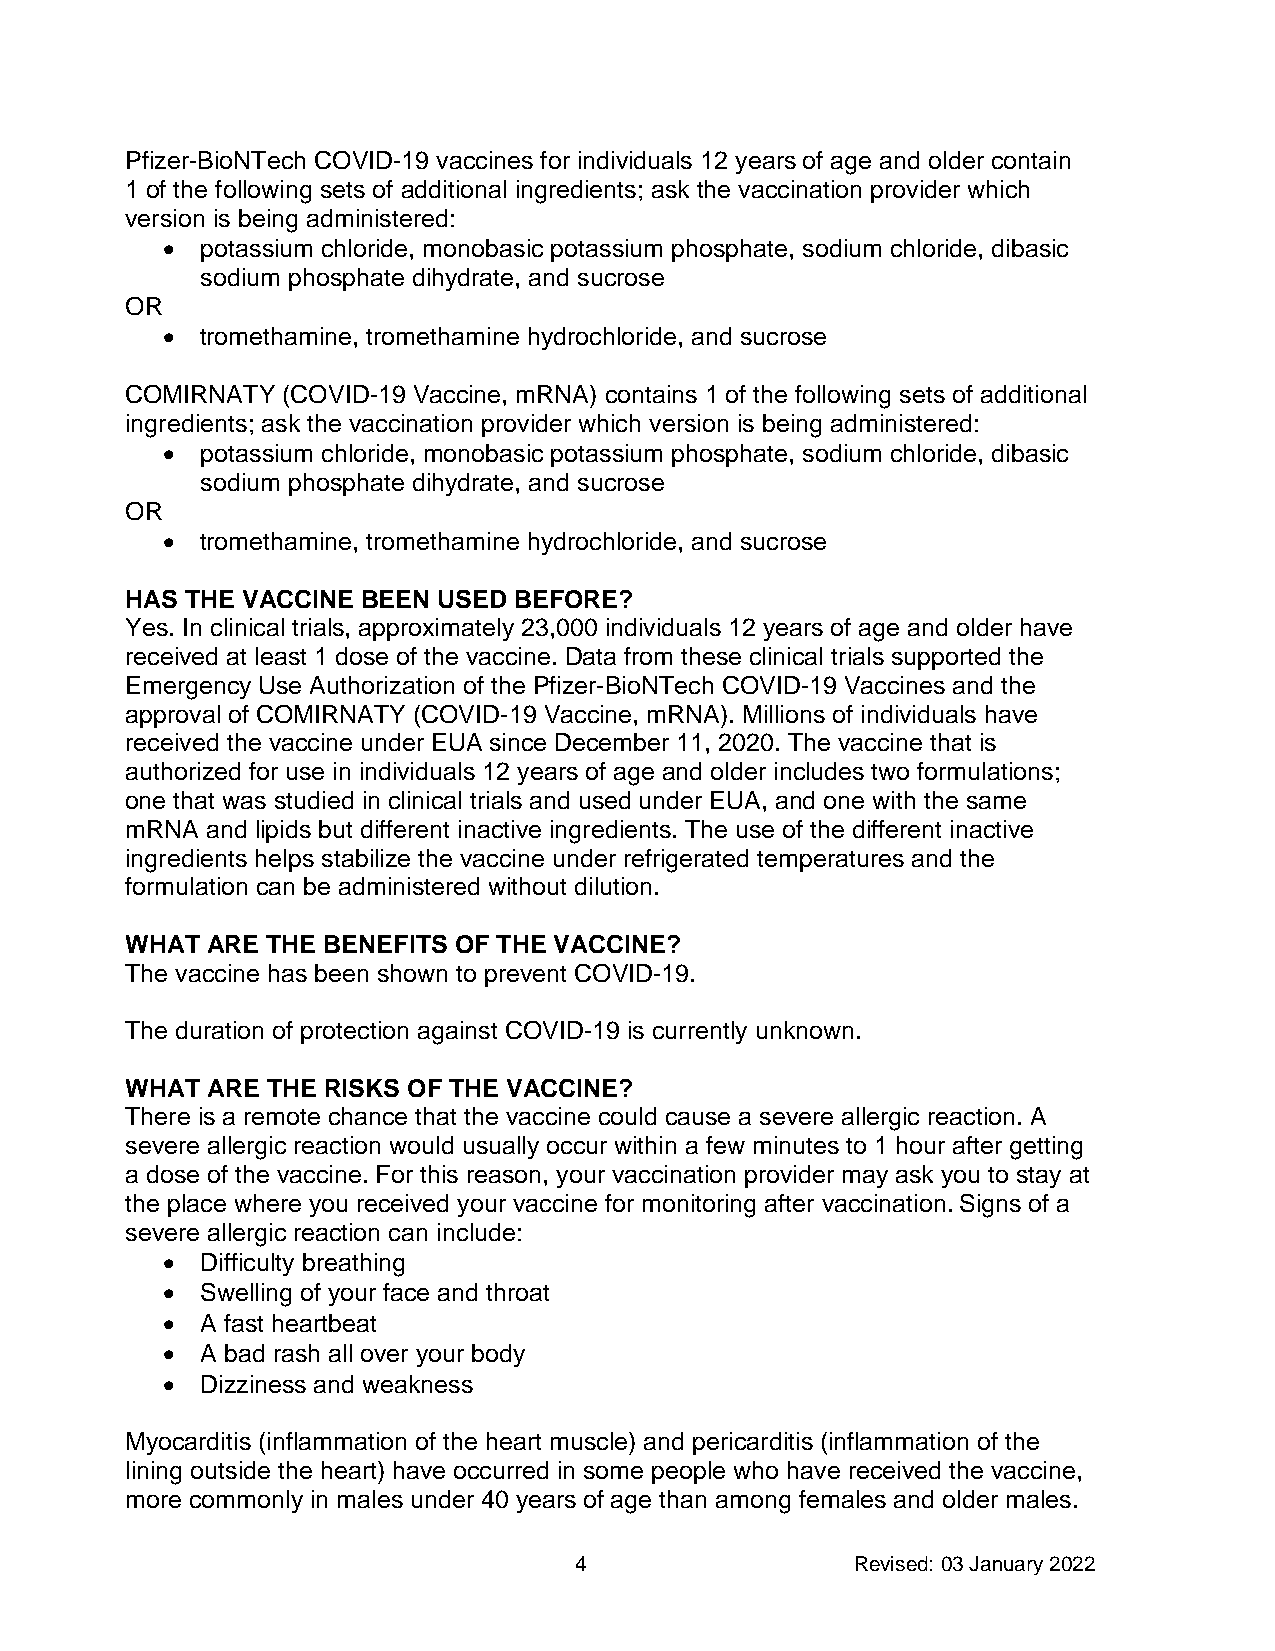
Pfizer-BioNTech COVID-19 vaccines for individuals 12 years of age and older contain
 1 of the following sets of additional ingredients; ask the vaccination provider which
 version is being administered:
 • potassium chloride, monobasic potassium phosphate, sodium chloride, dibasic
 sodium phosphate dihydrate, and sucrose
 OR
 • tromethamine, tromethamine hydrochloride, and sucrose
 COMIRNATY  (COVID-19 Vaccine, mRNA) contains 1 of the following sets of additional
 ingredients; ask the vaccination provider which version is being administered:
 • potassium chloride, monobasic potassium phosphate, sodium chloride, dibasic
 sodium phosphate dihydrate, and sucrose
 OR
 • tromethamine, tromethamine hydrochloride, and sucrose
 HAS THE VACCINE BEEN USED BEFORE?
 Yes. In clinical trials, approximately 23,000 individuals 12 years of age and older have
 received at least 1 dose of the vaccine. Data from these clinical trials supported the
 Emergency Use Authorization of the Pfizer-BioNTech COVID-19 Vaccines and the
 approval of COMIRNATY (COVID-19 Vaccine, mRNA). Millions of individuals have
 received the vaccine under EUA since December 11, 2020. The vaccine that is
 authorized for use in individuals 12 years of age and older includes two formulations;
 one that was studied in clinical trials and used under EUA, and one with the same
 mRNA  and lipids but different inactive ingredients. The use of the different inactive
 ingredients helps stabilize the vaccine under refrigerated temperatures and the
 formulation can be administered without dilution.
 WHAT  ARE THE BENEFITS OF THE VACCINE?
 The vaccine has been shown to prevent COVID-19.
 The duration of protection against COVID-19 is currently unknown.
 WHAT  ARE THE RISKS OF THE VACCINE?
 There is a remote chance that the vaccine could cause a severe allergic reaction. A
 severe allergic reaction would usually occur within a few minutes to 1 hour after getting
 a dose of the vaccine. For this reason, your vaccination provider may ask you to stay at
 the place where you received your vaccine for monitoring after vaccination. Signs of a
 severe allergic reaction can include:
 • Difficulty breathing
 • Swelling of your face and throat
 • A fast heartbeat
 • A bad rash all over your body
 • Dizziness and weakness
 Myocarditis (inflammation of the heart muscle) and pericarditis (inflammation of the
 lining outside the heart) have occurred in some people who have received the vaccine,
 more commonly in males under 40 years of age than among females and older males.
 4                  Revised: 03 January 2022